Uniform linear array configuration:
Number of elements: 64
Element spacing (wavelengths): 1
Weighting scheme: blackman
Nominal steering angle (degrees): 30
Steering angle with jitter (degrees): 30.802
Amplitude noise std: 0.05
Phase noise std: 0.05

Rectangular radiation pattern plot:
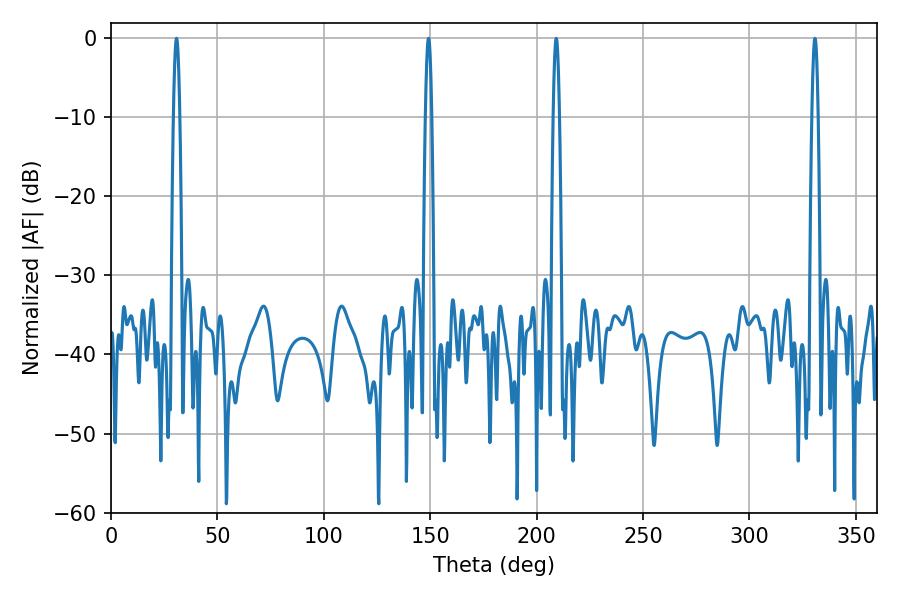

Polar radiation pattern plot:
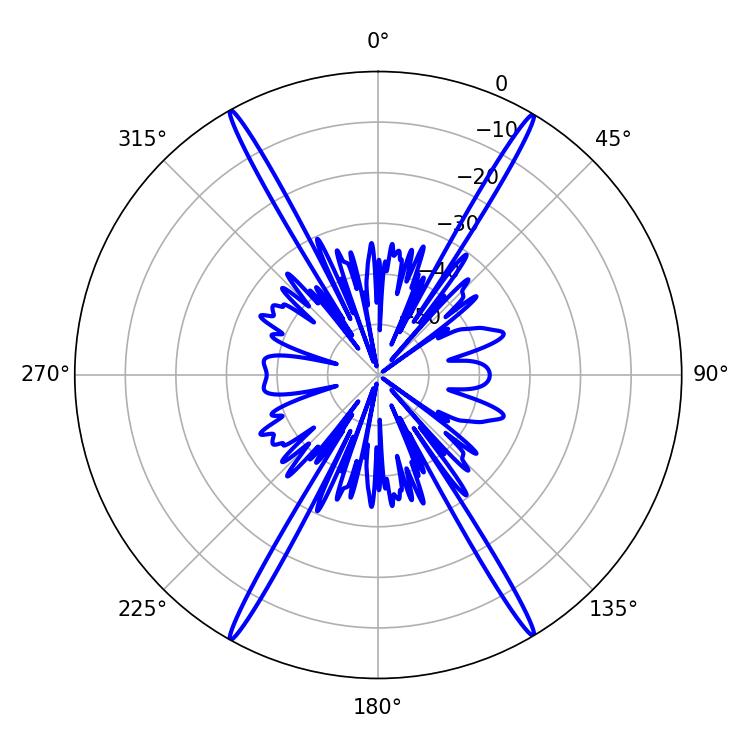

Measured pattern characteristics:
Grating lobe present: TRUE
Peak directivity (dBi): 30.031
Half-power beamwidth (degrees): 1.44
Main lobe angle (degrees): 30.78